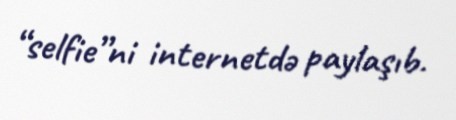
“selfie”ni internetdə paylaşıb.